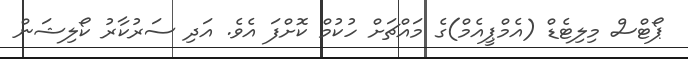
ޕޯޓްސް މިލިޓެޑް (އެމްޕީއެމް)ގެ މައްޗަށް ހުކުމް ކޮށްފަ އެވެ. އަދި ސަރުކާރު ކޯލިޝަން